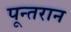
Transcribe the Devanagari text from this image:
पून्तरान